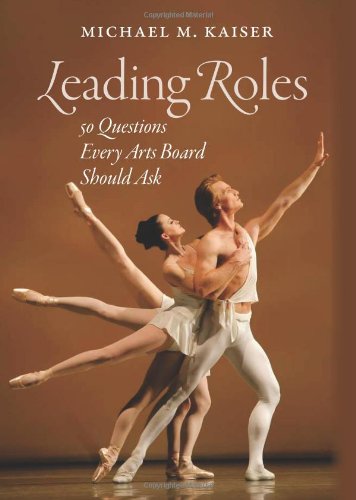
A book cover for Leading Roles: 50 Questions Every Arts Board Should Ask; Michael M. Kaiser; Arts & Photography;